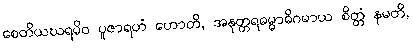
စေတိယဃရမိဝ ပူဇာရဟံ ဟောတိ, အနုတ္တရဓမ္မာဓိဂမာယ စိတ္တံ နမတိ,